Annual report on the working of the mental hospitals in the Madras Presidency - 1912-1932
Year: 1912
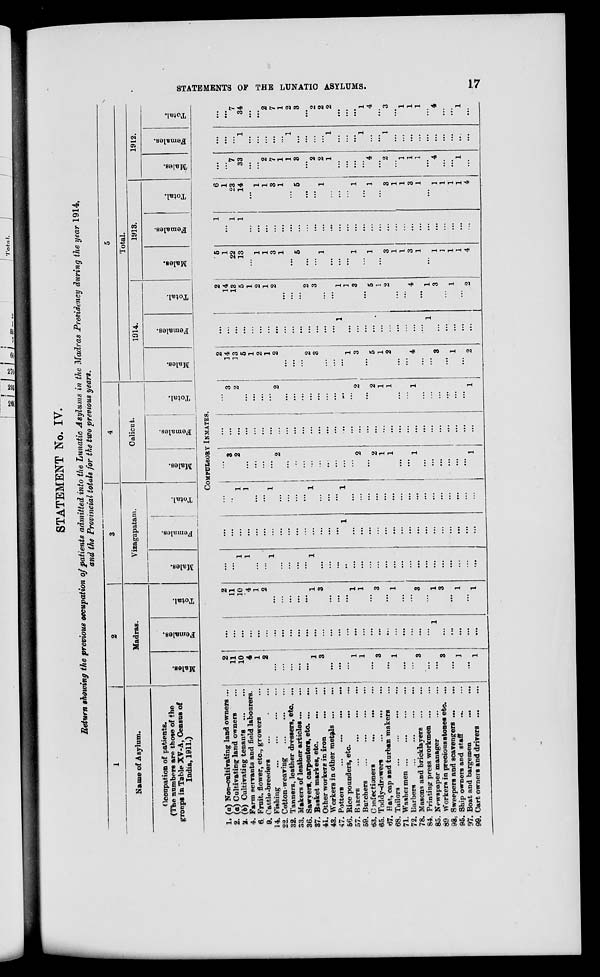
STATEMENTS OF THE LUNATIC ASYLUMS.
17
STATEMENT No. IV.
Return showing the previous occupation of patients admitted into the Lunatic Asylums in the Madras Presidency during the year 1914,
and the Provincial totals for the two previous years.
1
Name of Asylum.
Occupation of patients.
(The numbers are those of the
groups in Table XV-A, Census of
India, 1911.)
2
Madras.
Males.
Females.
Total.
3
Vizagapatam.
Males.
Females.
Total.
4
Calicut.
Males.
Females.
Total.
5
Total.
1914.
Males.
Females.
Total.
1913.
Males.
Females.
Total.
1912.
Males.
Females.
Total.
COMPULSORY INMATES.
1. (a) Non-cultivating land owners ...
2. (a) Cultivating land owners ...
2. (b) Cultivating tenants
...
...
4. Farm servants and field labourers.
6. Fruit, flower, etc., growers ...
9. Cattle-breeders ... ... ...
14. Fishing
...
...
...
...
22. Cotton-weaving
...
...
...
32. Tanners, leather dressers, etc. ...
33. Makers of leather articles ... ...
36. Sawyers, carpenters, etc . ... ...
37. Basket markes, etc.
...
...
41. Other workere in iron
...
...
43. Workers in other metals
...
...
47. Potters
...
...
...
...
56. Rice pounders, etc.
...
...
57.
Bakers
... ... ... ...
59. Butchers
...
...
...
...
63. Confectioners
...
...
...
65. Toddy-drawers
...
...
...
67. Hat, cap and turban makers ...
68. Tailors
...
...
...
...
71. Washermen
...
...
...
...
72. Barbers ... ... ... ...
78. Masons and bricklayers
...
...
84. Printing press workmen
...
...
85. Newspaper manager
...
...
89. Workers in precious stones etc. ...
98. Sweepers and scavengers ... ...
95. Ship owners and staff ... ...
97. Boat and bargemen
...
...
99. Cart owners and drivers
...
...
2
11
10
4
1
2
...
...
...
...
...
1
3
...
...
...
1
1
...
3
...
1
...
3
...
...
3
...
1
...
1
...
...
...
...
...
...
...
...
...
...
...
...
...
...
...
...
...
...
...
...
...
...
...
...
...
...
1
...
...
...
...
...
2
11
10
4
1
2
...
...
...
...
...
1
3
...
...
...
1
1
...
3
...
1
...
...
3
...
1
3
...
1
...
1
...
...
1
1
...
...
1
...
...
...
...
1
...
...
...
...
...
...
...
...
...
...
...
...
...
...
...
...
...
...
...
...
...
...
...
...
...
...
...
...
...
...
...
...
...
...
...
1
...
...
...
...
...
...
...
...
...
...
...
...
...
...
...
...
...
...
1
1
...
...
1
...
...
...
...
1
...
...
...
1
...
...
...
...
...
...
...
...
...
...
...
...
...
...
...
...
...
3
2
...
...
...
...
2
...
...
...
...
...
...
...
...
...
2
...
2
1
1
...
...
1
...
...
...
...
...
...
1
...
...
...
...
...
...
...
...
...
...
...
...
...
...
...
...
...
...
...
...
....
...
...
...
...
...
...
...
...
...
...
...
...
3
2
...
...
...
...
2
...
...
...
...
...
...
...
...
...
2
...
2
1
1
...
...
1
...
...
...
...
...
...
1
2
14
13
5
1
2
1
2
...
...
...
2
3
...
...
...
1
3
...
5
1
2
...
....
4
...
...
3
...
1
...
2
...
...
...
...
...
...
...
...
...
...
...
...
...
...
...
1
...
...
...
...
...
...
...
...
...
....
1
...
...
...
...
...
2
14
13
5
1
2
1
2
...
...
...
2
3
...
...
1
1
3
...
5
1
2
...
...
4
...
1
3
...
1
...
2
5
1
22
13
...
1
1
3
1
...
5
...
...
1
...
...
...
1
...
1
...
3
1
1
3
1
...
1
3
1
1
4
1
...
1
1
...
...
...
...
...
...
...
...
...
...
...
...
...
...
...
...
...
...
...
...
...
...
...
...
...
...
...
...
6
1
23
14
...
1
1
3
1
...
5
...
...
1
...
...
...
1
...
1
...
3
1
1
3
1
...
1
1
1
1
4
...
...
7
33
...
...
2
7
1
1
3
...
2
2
1
...
...
...
...
4
...
2
...
1
1
1
...
4
...
...
1
...
...
...
...
1
...
...
...
...
...
1
...
...
...
...
1
...
...
...
1
...
...
1
...
...
...
...
...
...
...
...
...
...
...
...
7
34
...
...
2
7
1
2
3
...
9
2
2
...
...
...
1
4
...
3
...
1
1
1
...
4
...
...
1
...